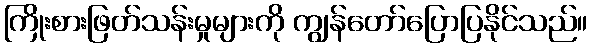
ကြိုးစားဖြတ်သန်းမှုများကို ကျွန်တော်ပြောပြနိုင်သည်။